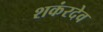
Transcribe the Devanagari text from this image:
शकंरदेव